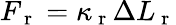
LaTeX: F_{\mathrm{~r~}}=\kappa_{\mathrm{~r~}}\Delta L_{\mathrm{~r~}}